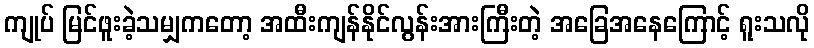
ကျုပ် မြင်ဖူးခဲ့သမျှကတော့ အထီးကျန်နိုင်လွန်းအားကြီးတဲ့ အခြေအနေကြောင့် ရူးသလို